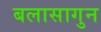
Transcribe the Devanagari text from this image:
बलासागुन